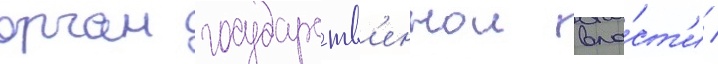
орган государств'еннои вла́ст'и /